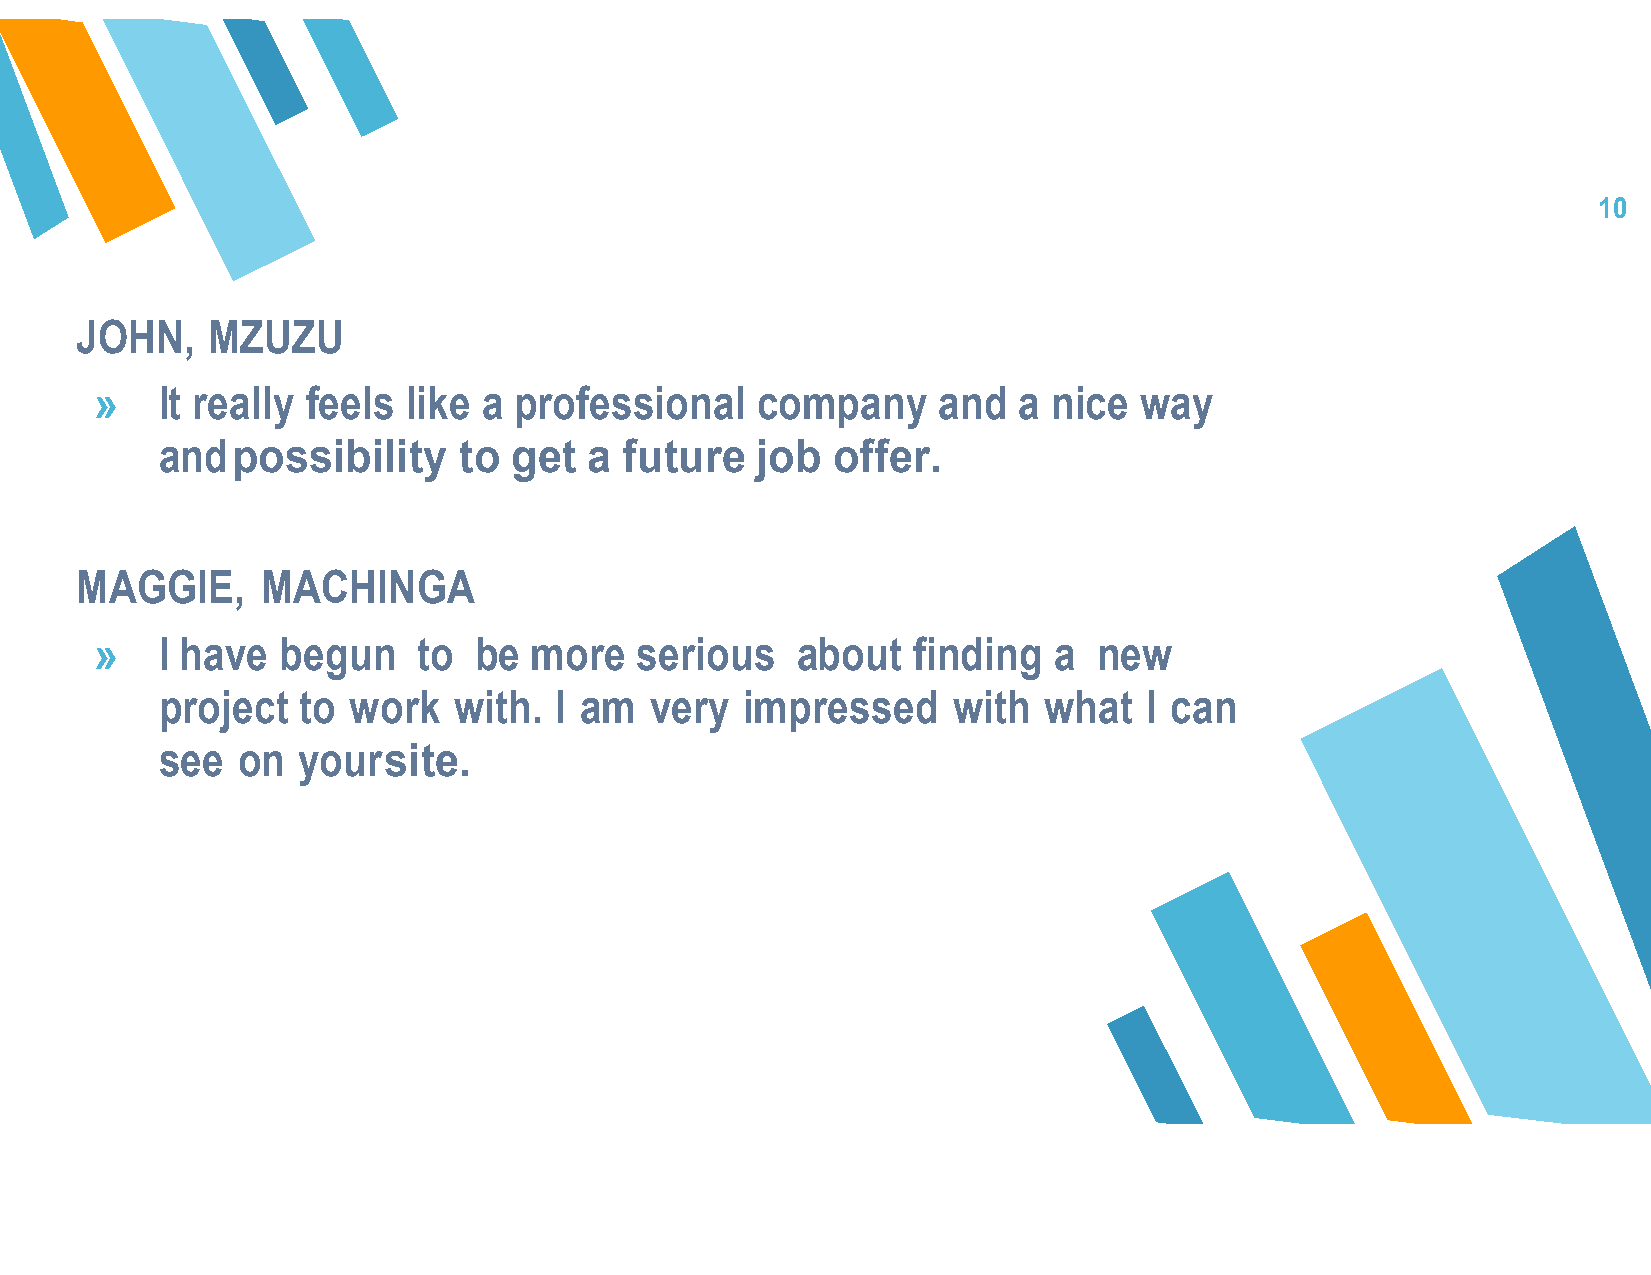
10
 JOHN,    MZUZU
 »   It really feels  like a professional    company     and  a  nice way
 and  possibility    to  get  a future   job  offer.
 MAGGIE,     MACHINGA
 »   I have   begun    to be  more   serious    about  finding   a  new
 project   to work   with.  I am  very  impressed     with  what   I can
 see   on  your site.